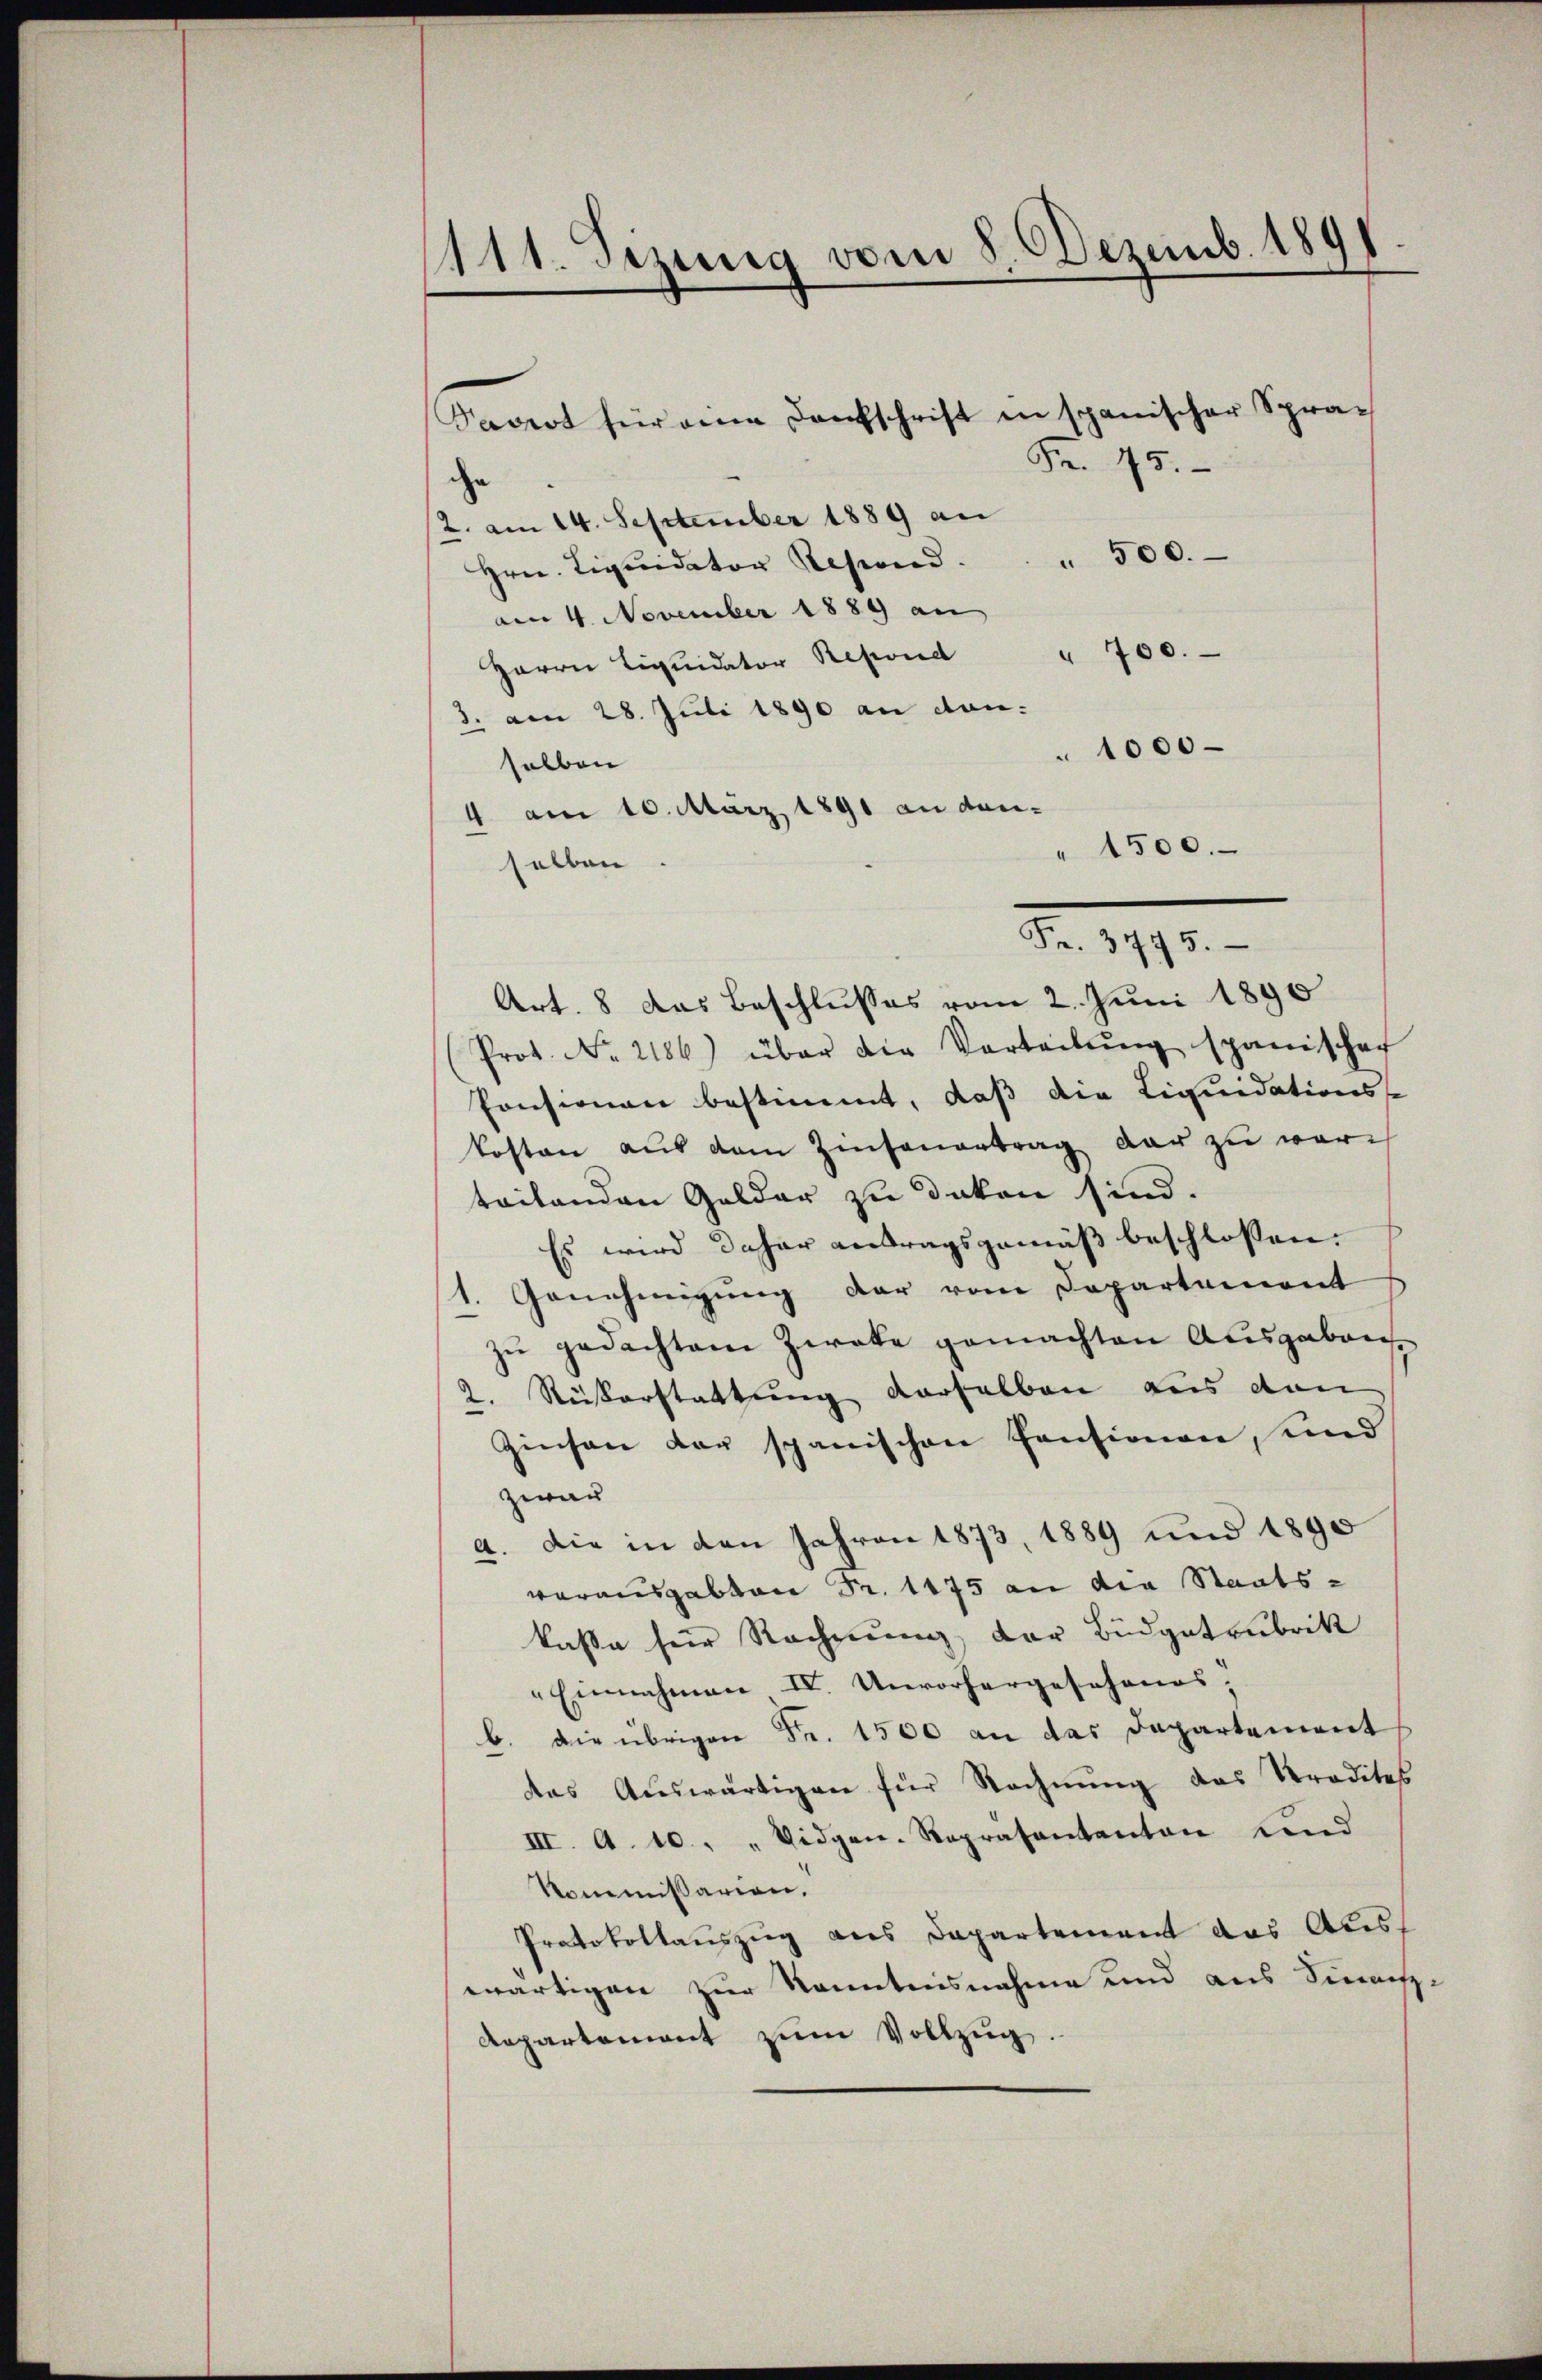
1111. Sizung vom 8. Dezemb. 1891

Fr. 45.
che
2. am 14. September 1889 an
Hrn. Liquidator Reseverd. . . 500.
am 4. November 1889 an
Herrn Liqŭidator Refond " 700.
3. am 28. Juli 1890 an dan
1000
salben
4 am 10. März 1891 an dar-
" 1500.
selben
Art. 8 das Beschlusses vom 2. Juni 1890
Prot. No. 2186) über die Verteilŭng spanischaf
Ponsionen bestimmt, daß die Liquidations-
kosten aŭs dem Zinsenantrag dar zu warteilenden Gelder zu deken sind.
Es wird daher antragsgemäß beschlossen:
Genehmigung der vom Departement
d.
zŭ gedachtem Zwecke gemachten Ausgaben
2. Reiserstattung derselben aus den
Zinsen der spanischen Pensionen, und
zwar
a. Die in den Jahren 1873, 1889 und 1890
vorausgabten Fr. 1175 an die Staats-
kaße für Rechnung, der Budgetrubrik
" Einnahmen IV. Unvorhergeschones;
b. die übrigen Fr. 1500 an das Departement
das Aŭswärtigen für Rechnŭng das Predites
III. A. 10., „Vidgen-Repräsentanton Land
Kommissarion.
Protokollauszug aus Departement das Aless
wärtigen zur Sonntensnahme und aus Sinach-
Repartement zŭm Vollzug.

Vaviot für eine Dankschrift in spanischer Spra-

Fr. 3775.